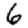
Digit: 6